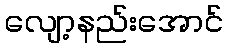
လျော့နည်းအောင်